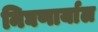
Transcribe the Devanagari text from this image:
निघणार्याल